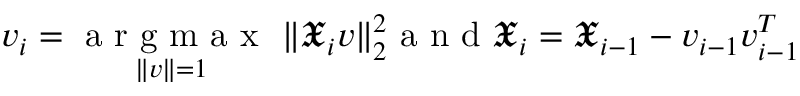
\boldsymbol v _ { i } = \underset { \| \boldsymbol v \| = 1 } { \mathrm { ~ a ~ r ~ g ~ m ~ a ~ x ~ } } ~ \| \mathfrak X _ { i } \boldsymbol v \| _ { 2 } ^ { 2 } \mathrm { ~ a ~ n ~ d ~ } \mathfrak X _ { i } = \mathfrak X _ { i - 1 } - \boldsymbol v _ { i - 1 } \boldsymbol v _ { i - 1 } ^ { T }